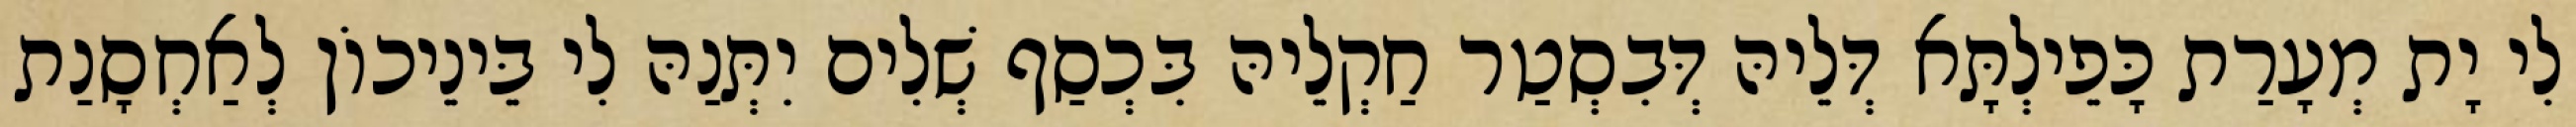
לִי יָת מְעָרַת כָּפֵילְתָּא דְּלֵיהּ דְּבִסְטַר חַקְלֵיהּ בִּכְסַף שְׁלִים יִתְּנַהּ לִי בֵּינֵיכוֹן לְאַחְסָנַת